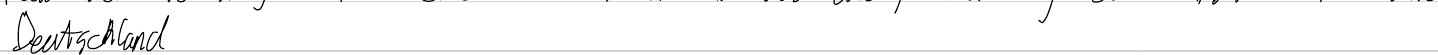
Deutschland